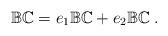
LaTeX: \begin{align*} \mathbb {BC}= e_1\mathbb {BC}+e_2\mathbb {BC}\;.\end{align*}